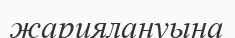
жариялануына